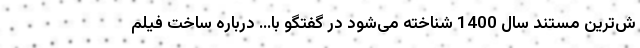
ش‌ترین مستند سال 1400 شناخته می‌شود در گفتگو با... درباره ساخت فیلم